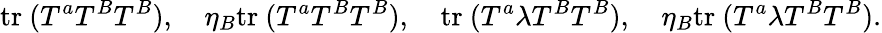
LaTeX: \mathrm{tr}~(T^{a}T^{B}T^{B}),\quad\eta_{B}\mathrm{tr}~(T^{a}T^{B}T^{B}),\quad\mathrm{tr}~(T^{a}\lambda T^{B}T^{B}),\quad\eta_{B}\mathrm{tr}~(T^{a}\lambda T^{B}T^{B}).